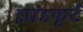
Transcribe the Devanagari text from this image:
झांडफूर्ट